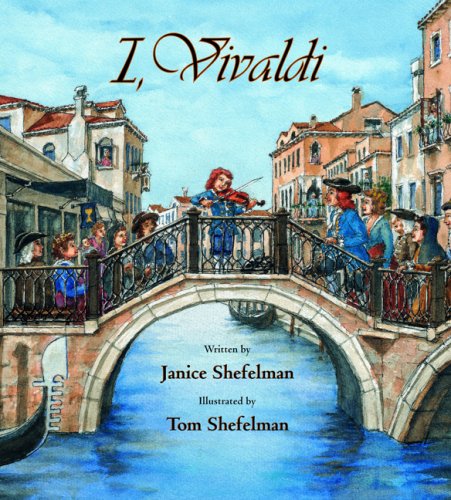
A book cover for I, Vivaldi; Janice Shefelman; Teen & Young Adult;